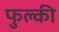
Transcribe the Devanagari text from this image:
फुल्‍की